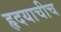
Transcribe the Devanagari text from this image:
हृदयाचीच